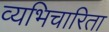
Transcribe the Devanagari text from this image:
व्यभिचारिता